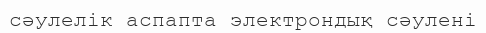
сәулелік аспапта электрондық сәулені